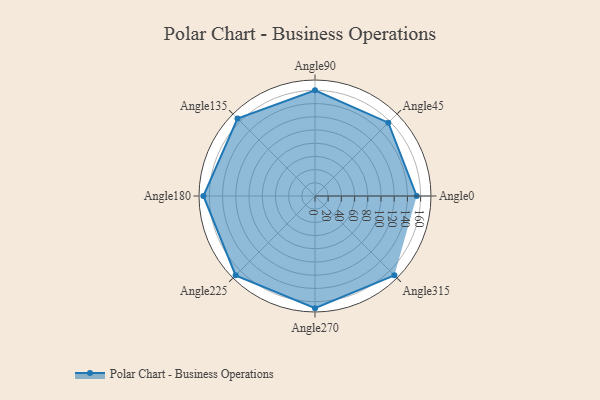
{"axis": {"x": "Angle", "y": "Radius"}, "legend": [""], "data": [{"x": "Angle0", "y": 154.0, "type": ""}, {"x": "Angle45", "y": 157.0, "type": ""}, {"x": "Angle90", "y": 160.0, "type": ""}, {"x": "Angle135", "y": 166.0, "type": ""}, {"x": "Angle180", "y": 169.0, "type": ""}, {"x": "Angle225", "y": 170, "type": ""}, {"x": "Angle270", "y": 170, "type": ""}, {"x": "Angle315", "y": 170, "type": ""}]}